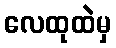
လေထုထဲမှ